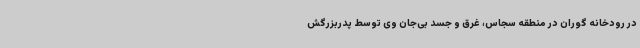
در رودخانه گوران در منطقه سجاس، غرق و جسد بی‌جان وی توسط پدربزرگش